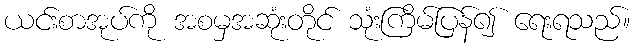
ယင်းစာအုပ်ကို အစမှအဆုံးတိုင် သုံးကြိမ်ပြန်၍ ရေးရသည်။